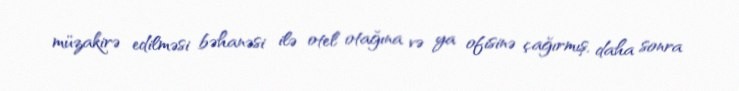
müzakirə edilməsi bəhanəsi ilə otel otağına və ya ofisinə çağırmış, daha sonra